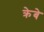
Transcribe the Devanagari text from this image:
क्रेबे